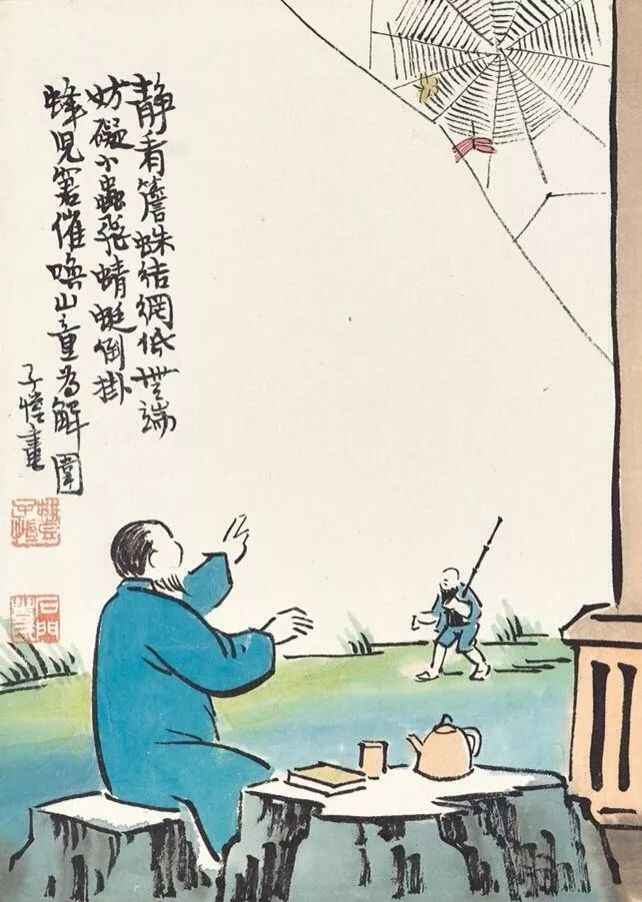
酒债寻常行处有，人生七十古来稀。